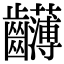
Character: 𪚂